Vaccine operations Central Provinces 1868-1885 - 1868-1885
Year: 1868
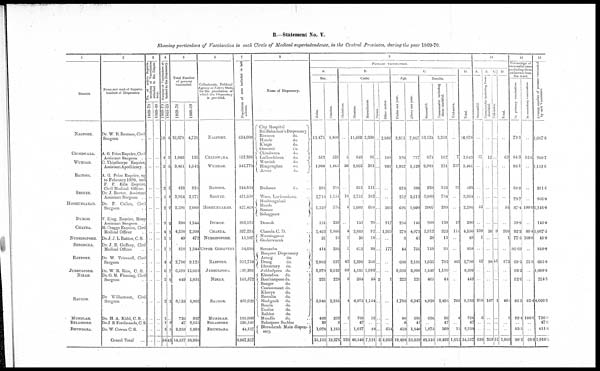
B.—Statement No. V.
Showing particulars of Vaccination in each Circle of Medical superintendence, in the Central Provinces, during the year 1869-70.
1
District
NAGPORE.
CHINDWARA.
WURDAH.
BAITOOL.
SEONEE.
HOSHUNGABAD.
DUMOH.
CHANDA.
NURSINGPORE.
SERONCHA.
RAEPORE.
JUBBULPORE.
NIMAR.
SAUGOR.
MUNDLAH.
BELASPORE.
BHUNDARA.
2
Name and rank of Superin-
tendent of Dispensary.
Dr. W. B. Beatson, Civil
Surgeon ..
A. G. Price Esquire, Civil
Assistant Surgeon . .
C. Thipthorpe Esquire,
Assistant Apothicary. .
A. G. Price Esquire, up
to February 1870, and
F. P. Edis Esquire,
Civil Medical Officer.
Dr. J. Barter, Assistant
Assistant Surgeon . .
Dr. P. Cullen, Civil
Surgeon
. .
T. King, Esquire, Hony
Assistant Surgoon . .
M. Craggs Esquire, Civil
Medical Officer
..
Dr. J. J. L. Ratton, C. S. .
Dr. J. B. Gaffncy, Civil
Medical Officer
. .
Dr. W. Trimnell, Civil
Surgeon
. .
Dr. W. R. Rice, C. S. .
Dr. G. M. Fleming, Civil
Surgeon
. .
Dr. Williamson, Civil
Surgeon
. .
Dr. H.A. Kidd,C.S. ..
Dr. J. B. Fedinands, C. S.
Dr. W. Cowan CS. ..
Grand Total ...
3
NO. of native superin-
tendents of Vaccination
attached to the Dispen-
sary.
1869-70
..
..
..
..
..
..
...
..
..
..
..
..
..
..
..
..
..
..
1868-69
..
..
..
..
..
..
...
..
..
..
..
..
..
..
..
..
..
..
4
Number of Vaccinators at-
tached to the Dispensary.
1869-70
10
4
3
2
4
2
2
4
1
1
4
6
2
2
1
1
5
54
1868-69
4
2
3
2
4
2
2
2
1
1
4
7
2
2
..
2
5
45
5
Total Number
of persons
vaccinated.
1869-70
16,878
1,043
3,461
423
3,864
2,296
390
4,350
49
810
2,780
6,599
449
8,133
726
47
2,259
54,557
1868-69
4,728
133
1,642
924
3,171
2,088
1,344
2,509
472
1,344
9,125
15,662
1,051
5,802
937
2,555
5,499
58,986
6
Collectorate, Political
Agency or Native State,
for the population of
Which the Dispensary
is provided.
NAGPORE.
CHINDWARA.
WURDAH.
BAITOOL.
SEONEE.
HOSHUNGABAD.
DUMOH.
CHANDA.
NURSINGPORE.
UPPER GODAVERY.
RAEPORE.
JUBBULPORE.
NIMAR.
SAUGOR.
MUNDLAH.
BELASPORE.
BHUNDARA.
7
Population of area included in last
column.
634,000
162,396
342,778
244,854
421,650
427,418
283,525
537,295
15,107
54,680
952,754
620,201
168,572
459,029
168,000
530,541
44,517
6,067,317
8
Name of Dispensary.
City Hospital
RaiBahadoor's Dispensary
Etwaree
do.
Heude
do.
Khapa
do.
Oomrair
do.
Chindwara
do.
Lodheekhera
do.
Wurdah
do
Hingunghat
do.
Arvee
do.
Budnoor
do. ..
Wala, Lucknadown ..
Hoshungabad
Hurda
Sconee
Sohagpore
Dumoh ..
Chanda C.D.
Nursingpore
Guderwarah
Seroncha
Raepore Dispensary
Arung
do.
Droog
do.
Dhumtery do.
Jubbulpore do.
Khundwa do.
Boorhanpore do.
Saugor
do.
Cantonment do.
Khorye
do.
Burodia
do.
Shahgurh do.
Bunda
do.
Deolee
do.
Rehlee
do.
Mundla
do. ...
Belaspore Sudder ...
Bhundarah Main dispen¬
sary.
9
PRIMARY VACCINATION.
A.
Sex.
Males.
11,478
512
1,996
205
2,710
1,520
151
2,462
31
414
2,083
3,970
221
5,848
463
39
1,078
35,181
Females.
5,400
531
1,465
218
1,154
776
239
1,888
18
396
697
2,629
228
2,285
263
8
1,181
19,376
B.
Caste.
Christians.
..
5
56
..
10
4
..
4
1
1
42
82
6
4
5
..
..
220
Hindoos.
11,662
843
2,033
312
3752
1,609
153
2,889
30
612
2,390
4,525
384
6,975
705
47
1,627
40,548
Moosulmans.
2,330
86
381
111
102
378
20
92
18
20
348
1,992
55
1,154
16
..
18
7,121
Parsee
...
...
...
..
..
..
..
..
..
..
...
...
3
..
..
..
...
3
Other castes.
2,886
109
991
..
..
305
217
1,365
..
177
..
..
1
..
..
..
614
6,665
C.
Age.
Under one year.
9,811
326
1,932
224
252
696
250
278
8
44
600
2,603
223
1,786
40
6
419
19,498
Above one year.
7,067
717
1,529
199
3,612
1,600
140
4,072
41
766
2,180
3,996
226
6,347
686
41
1,840
35,059
Results.
Successful.
13,525
874
2,983
238
3,080
2007
208
3,912
38
719
1,635
5,449
405
4,926
636
..
1,875
42,510
Unsuccessful including
those doubtful.
3,353
162
221
163
784
289
139
323
11
91
702
1,150
44
2,498
86
47
369
10,432
Unknown
..
7
257
22
..
..
43
115
..
..
443
..
..
709
4
..
15
1,615
D
Total.
16,878
1,040
3,461
423
3,864
2,296
390
4,350
49
810
2,780
6,599
449
8,133
726
47
2,259
54,557
10
A
Successful
..
57
..
..
..
53
..
229
1
..
42
..
..
310
6
..
..
698
B
Unsuccessful including those
doubtful.
..
12
..
..
..
..
..
30
..
..
90
..
..
187
..
..
..
319
C
Unknown
...
...
...
...
...
...
...
9
...
...
41
...
...
1
...
...
..
51
D
Total.
..
69
..
..
..
53
..
268
1
..
173
..
..
498
6
..
..
1,068
11
Percentage of
successful cases
excluding those
unknown from
the total
In primary vaccination.
79.5
84.3
93.1
59.3
79.7
87.4
59.9
92.3
77.5
86.69
69·5
83.2
92.0
66·3
99.4
..
83.5
80.2
In secondary vaccination
..
82.6
..
..
..
100.0
..
88·4
100.0
..
31.8
..
..
62.4
100.0
..
..
68.6
12
Average number of poisons vaccinated
by each Vaccinator.
1,687.8
260.7
1,153.6
211.5
966.0
1,148.0
145.0
1,087·5
49.0
810.0
695.0
1,099.8
224.5
4,066.5
726.0
47.0
451.8
1,010.8